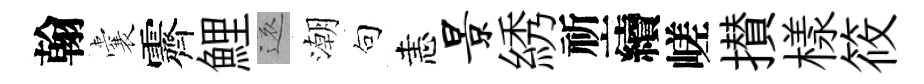
翰囊霽鯉還潮句恚景綉祈續嵯攅樣筱